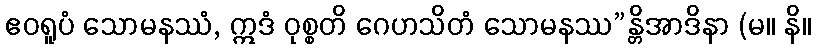
ဧဝရူပံ သောမနဿံ, ဣဒံ ဝုစ္စတိ ဂေဟသိတံ သောမနဿ”န္တိအာဒိနာ (မ။ နိ။